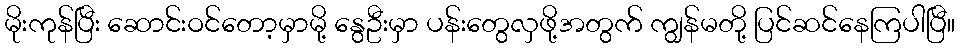
မိုးကုန်ပြီး ဆောင်းဝင်တော့မှာမို့ နွေဦးမှာ ပန်းတွေလှဖို့အတွက် ကျွန်မတို့ ပြင်ဆင်နေကြပါပြီ။